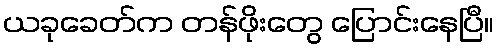
ယခုခေတ်က တန်ဖိုးတွေ ပြောင်းနေပြီ။